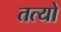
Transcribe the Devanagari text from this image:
तत्यो